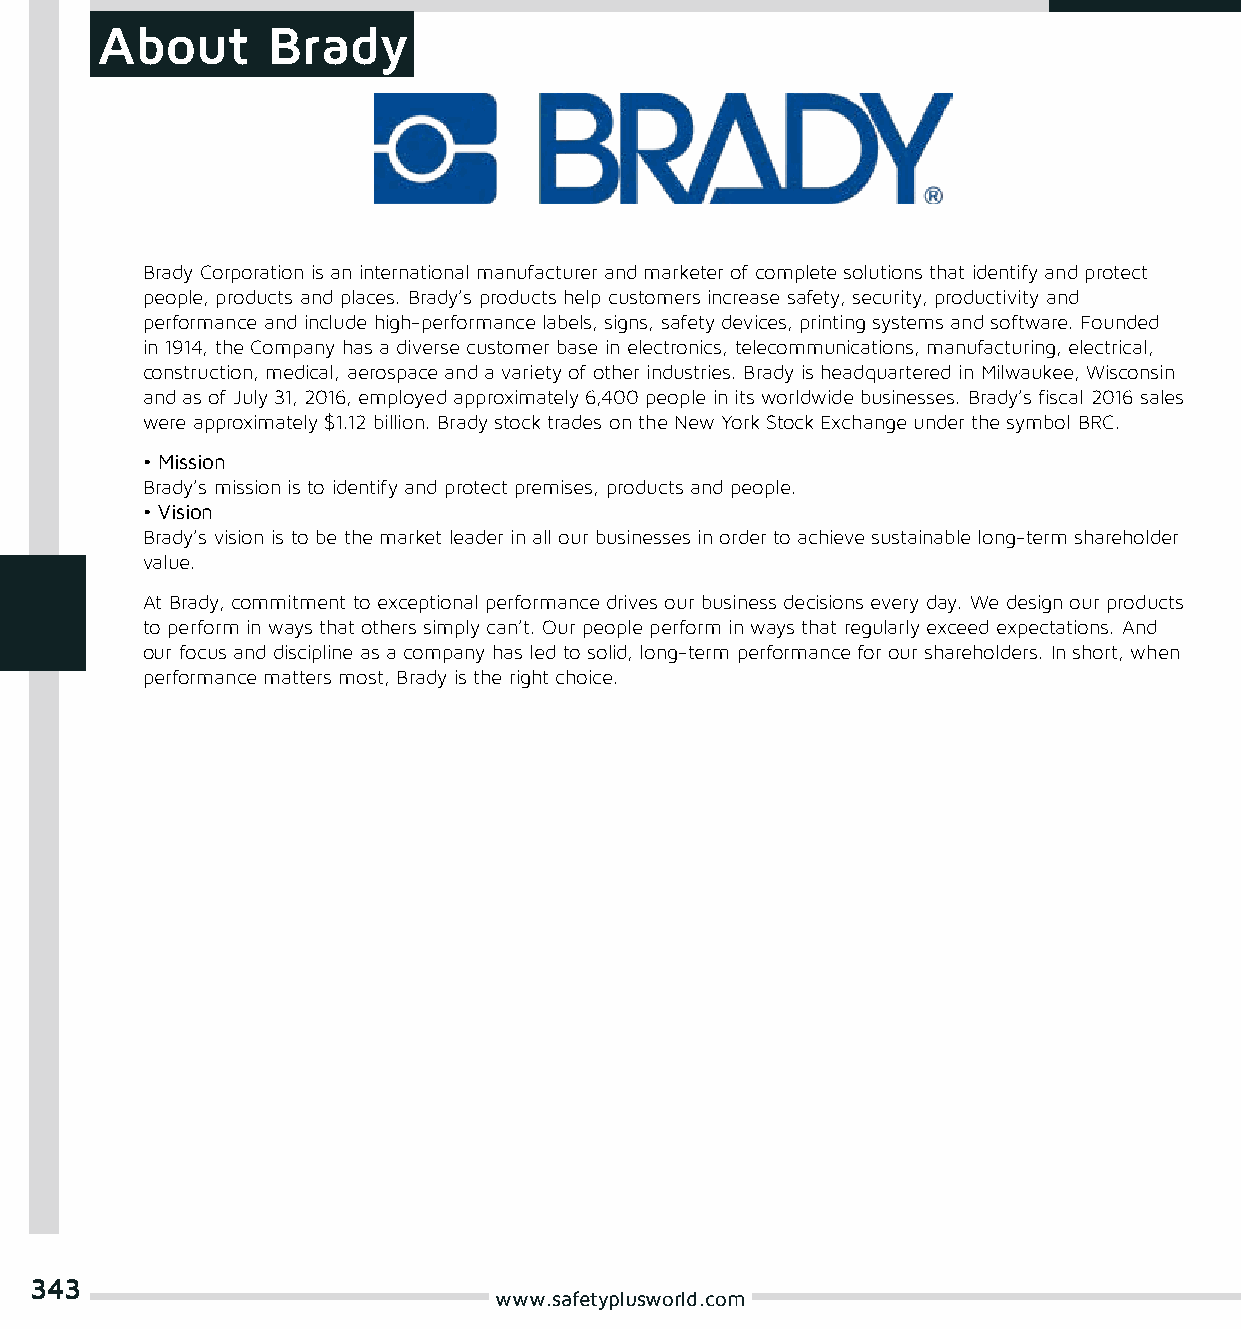
About       Brady
 Brady Corporation is an international manufacturer and marketer of complete solutions that identify and protect
 people, products and places. Brady’s products help customers increase safety, security, productivity and
 performance and include high-performance labels, signs, safety devices, printing systems and software. Founded
 in 1914, the Company has a diverse customer base in electronics, telecommunications, manufacturing, electrical,
 construction, medical, aerospace and a variety of other industries. Brady is headquartered in Milwaukee, Wisconsin
 and as of July 31, 2016, employed approximately 6,400 people in its worldwide businesses. Brady’s fiscal 2016 sales
 were approximately $1.12 billion. Brady stock trades on the New York Stock Exchange under the symbol BRC.
 • Mission
 Brady’s mission is to identify and protect premises, products and people.
 • Vision
 Brady’s vision is to be the market leader in all our businesses in order to achieve sustainable long-term shareholder
 value.
 At Brady, commitment to exceptional performance drives our business decisions every day. We design our products
 to perform in ways that others simply can’t. Our people perform in ways that regularly exceed expectations. And
 our focus and discipline as a company has led to solid, long-term performance for our shareholders. In short, when
 performance matters most, Brady is the right choice.
 343
 www.safetyplusworld.com